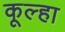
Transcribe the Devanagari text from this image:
कूल्‍हा